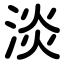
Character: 淡